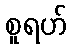
စူရဟ်